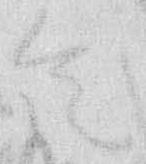
令